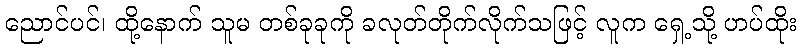
ညောင်ပင်၊ ထို့နောက် သူမ တစ်ခုခုကို ခလုတ်တိုက်လိုက်သဖြင့် လူက ရှေ့သို့ ဟပ်ထိုး